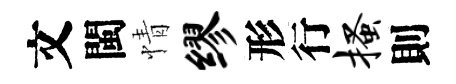
文閩情缪形行搔則